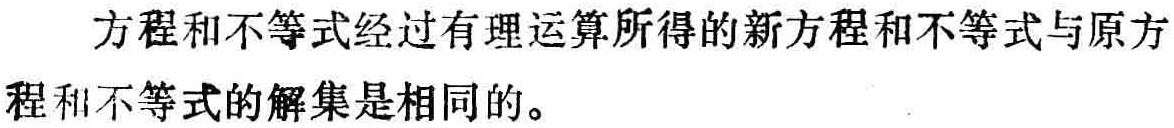
方程和不等式经过有理运算所得的新方程和不等式与原方程和不等式的解集是相同的。